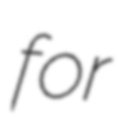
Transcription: for